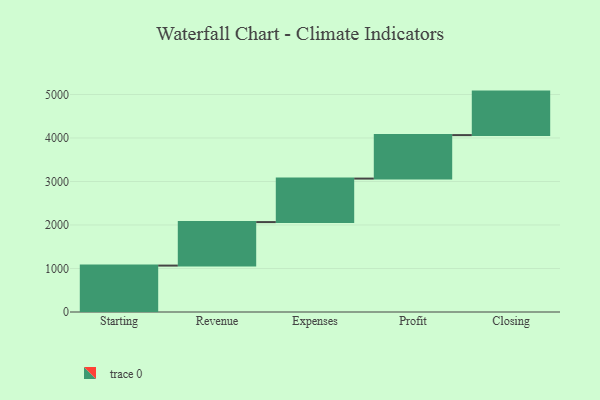
{"axis": {"x": "Step", "y": "Value"}, "legend": [""], "data": [{"x": "Starting", "y": 1067.0, "type": ""}, {"x": "Revenue", "y": 1000, "type": ""}, {"x": "Expenses", "y": 1000, "type": ""}, {"x": "Profit", "y": 1000, "type": ""}, {"x": "Closing", "y": 1000, "type": ""}]}